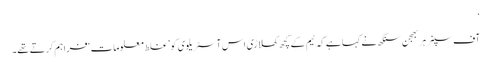
‘
آف سپنر ہربھجن سنگھ نے کہا ہے کہ ٹیم کے کچھ کھلاڑی اس آسٹریلوی کو ’غلط معلومات‘ فراہم کرتے تھے۔